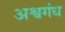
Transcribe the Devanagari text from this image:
अश्वगंध